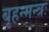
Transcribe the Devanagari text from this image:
बृहन्मन्त्रः